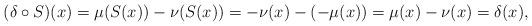
LaTeX: \begin{align*}(\delta \circ S)(x)=\mu(S(x))-\nu(S(x))=-\nu(x)-(-\mu(x))=\mu(x)-\nu(x)=\delta(x),\end{align*}